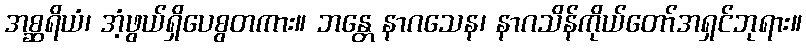
အစ္ဆရိယံ၊ အံ့ဖွယ်ရှိပေစွတကား။ ဘန္တေ နာဂသေန၊ နာဂသိန်ကိုယ်တော်အရှင်ဘုရား။